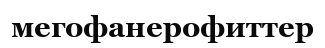
мегофанерофиттер